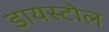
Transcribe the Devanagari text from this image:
डायस्टोल